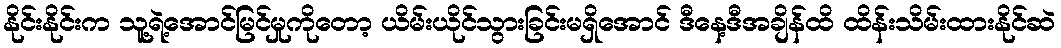
နိုင်းနိုင်းက သူ့ရဲ့အောင်မြင်မှုကိုတော့ ယိမ်းယိုင်သွားခြင်းမရှိအောင် ဒီနေ့ဒီအချိန်ထိ ထိန်းသိမ်းထားနိုင်ဆဲ